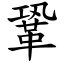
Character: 鞏